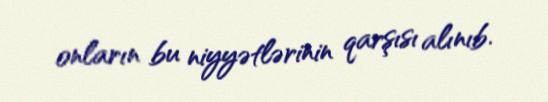
onların bu niyyətlərinin qarşısı alınıb.